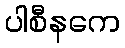
ပါစီနကေ